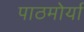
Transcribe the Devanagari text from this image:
पाठमोर्या